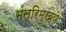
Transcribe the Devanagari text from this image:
मंत्रिमुख्य